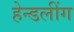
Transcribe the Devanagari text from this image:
हेन्डलींग